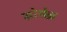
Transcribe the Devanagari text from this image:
मोसेज़